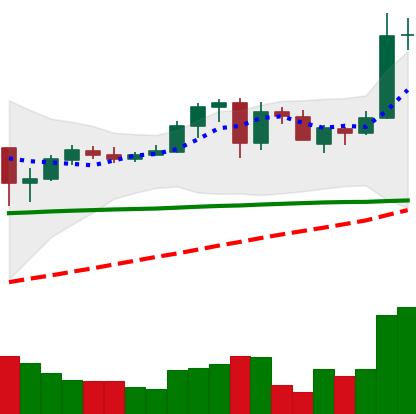
Ticker: ADA-USD
Chart end date: 2020-05-29
Forward return: 32.136%
Label: up_7plus